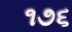
૧૭૬